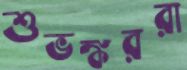
শুভঙ্কররা